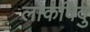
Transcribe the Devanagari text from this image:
लोकविदु